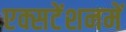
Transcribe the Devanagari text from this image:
एक्सटेंशनमें